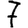
Digit: 7